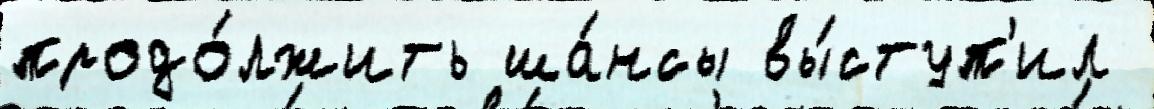
продо́лжить ша́нсы вы́ступ'ил